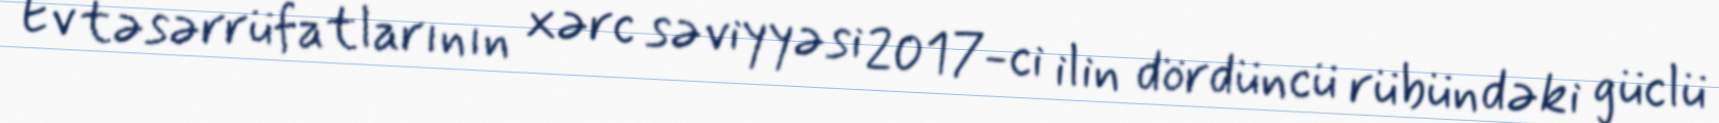
Ev təsərrüfatlarının xərc səviyyəsi 2017-ci ilin dördüncü rübündəki güclü